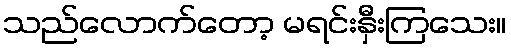
သည်လောက်တော့ မရင်းနှီးကြသေး။